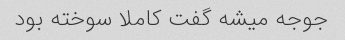
جوجه میشه گفت کاملا سوخته بود